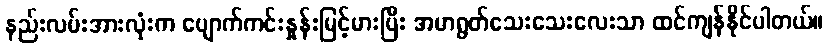
နည်းလမ်းအားလုံးက ပျောက်ကင်းနှုန်းမြင့်မားပြီး အမာရွတ်သေးသေးလေးသာ ထင်ကျန်နိုင်ပါတယ်။